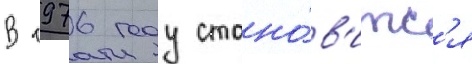
В 1976 году стано́в'итс'я